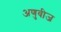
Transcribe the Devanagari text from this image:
अणुवीज